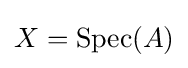
X=\operatorname {Spec} (A)